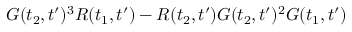
G ( t _ { 2 } , t ^ { \prime } ) ^ { 3 } R ( t _ { 1 } , t ^ { \prime } ) - R ( t _ { 2 } , t ^ { \prime } ) G ( t _ { 2 } , t ^ { \prime } ) ^ { 2 } G ( t _ { 1 } , t ^ { \prime } )